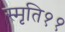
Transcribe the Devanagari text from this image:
स्मृति११